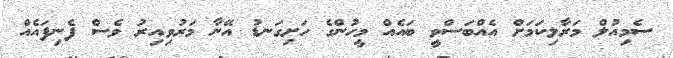
ސެމިއުލް މަރާލިކަމަށް އެއްބަސްވީ ބައެއް މީހުންގެ ހަށިގަނޑު އޭނާ މަރުވިއިރު ވެސް ފެނިފައެއް